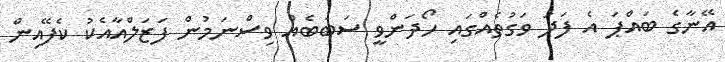
އޭނާގެ ބައްޕަ އެ ފަދަ ވަގުތެއްގައި ހޯދަންވީ ސަބަބެއް ވިސްނަމުން ފަޒަލްއާއެކު ކެފޭއިން